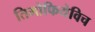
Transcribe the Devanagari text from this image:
तिमोफियेविच